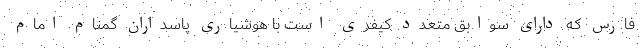
فارس که دارای سوابق متعدد کیفری است با هوشیاری پاسداران گمنام امام